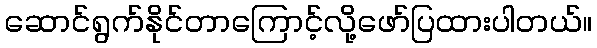
ဆောင်ရွက်နိုင်တာကြောင့်လို့ဖော်ပြထားပါတယ်။